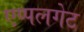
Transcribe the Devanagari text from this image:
एप्पलगेट